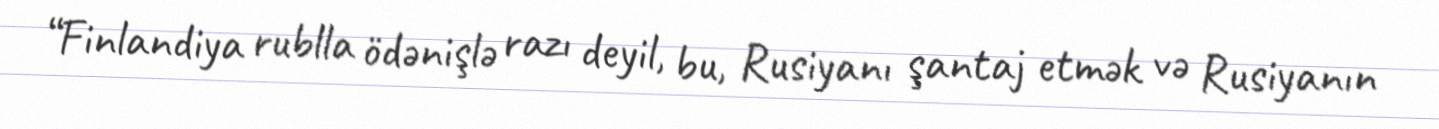
“Finlandiya rublla ödənişlə razı deyil, bu, Rusiyanı şantaj etmək və Rusiyanın